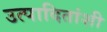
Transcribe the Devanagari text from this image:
उत्पादितांशी